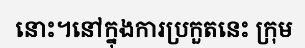
នោះ។នៅក្នុងការប្រកួតនេះ ក្រុម